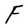
Character: F